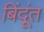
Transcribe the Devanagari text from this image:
बिंदूंत